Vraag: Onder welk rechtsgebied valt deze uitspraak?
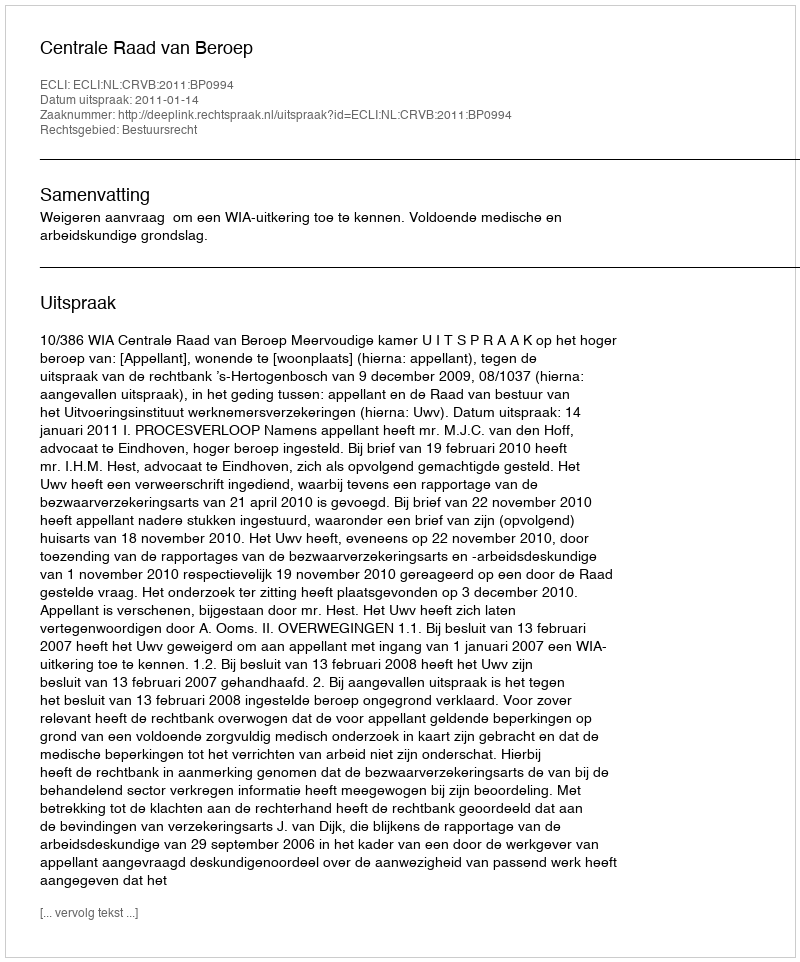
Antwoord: Bestuursrecht